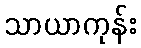
သာယာကုန်း